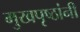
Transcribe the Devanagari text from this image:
मुखपृष्ठांनी